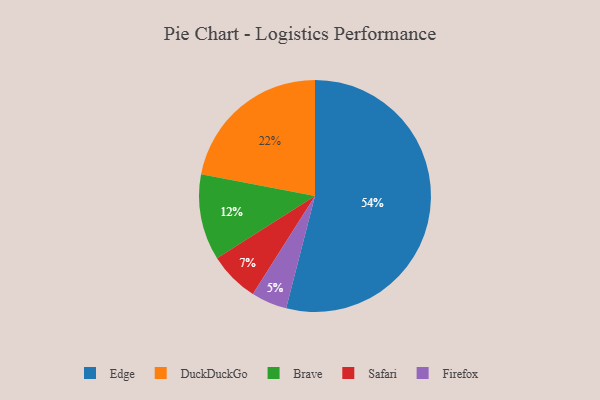
{"axis": {"x": "Category", "y": "Percentage"}, "legend": ["Brave", "DuckDuckGo", "Edge", "Firefox", "Safari"], "data": [{"x": "Edge", "y": 54, "type": "Edge"}, {"x": "Brave", "y": 12, "type": "Brave"}, {"x": "Safari", "y": 7, "type": "Safari"}, {"x": "Firefox", "y": 5, "type": "Firefox"}, {"x": "DuckDuckGo", "y": 22, "type": "DuckDuckGo"}]}